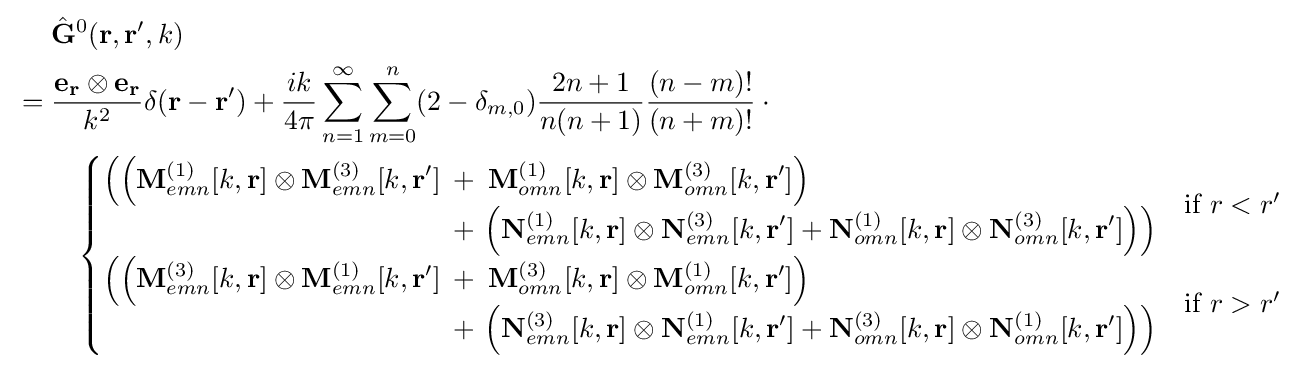
{\begin{aligned}&{\hat {\bf {G}}}^{0}({\mathbf {r} ,\mathbf {r} ',k})\\{}={}&{\frac {\mathbf {e_{r}} \otimes \mathbf {e_{r}} }{k^{2}}}\delta (\mathbf {r} -\mathbf {r} ')+{\frac {ik}{4\pi }}\sum _{n=1}^{\infty }\sum _{m=0}^{n}(2-\delta _{m,0}){\frac {2n+1}{n(n+1)}}{\frac {(n-m)!}{(n+m)!}}\cdot {}\\&\quad {\begin{cases}{\begin{aligned}\left(\left(\mathbf {M} _{emn}^{(1)}[k,\mathbf {r} ]\otimes {\mathbf {M} }_{emn}^{(3)}[k,\mathbf {r} ']\right.\right.&+\left.\left.\mathbf {M} _{omn}^{(1)}[k,\mathbf {r} ]\otimes {\mathbf {M} }_{omn}^{(3)}[k,\mathbf {r} ']\right)\right.\\&+\left.\left({\mathbf {N} }_{emn}^{(1)}[k,\mathbf {r} ]\otimes {\mathbf {N} }_{emn}^{(3)}[k,\mathbf {r} ']+\mathbf {N} _{omn}^{(1)}[k,\mathbf {r} ]\otimes {\mathbf {N} }_{omn}^{(3)}[k,\mathbf {r} ']\right)\right)\end{aligned}}&{\text{if }}r<r'\\{\begin{aligned}\left(\left(\mathbf {M} _{emn}^{(3)}[k,\mathbf {r} ]\otimes {\mathbf {M} }_{emn}^{(1)}[k,\mathbf {r} ']\right.\right.&+\left.\left.\mathbf {M} _{omn}^{(3)}[k,\mathbf {r} ]\otimes {\mathbf {M} }_{omn}^{(1)}[k,\mathbf {r} ']\right)\right.\\&+\left.\left({\mathbf {N} }_{emn}^{(3)}[k,\mathbf {r} ]\otimes {\mathbf {N} }_{emn}^{(1)}[k,\mathbf {r} ']+\mathbf {N} _{omn}^{(3)}[k,\mathbf {r} ]\otimes {\mathbf {N} }_{omn}^{(1)}[k,\mathbf {r} ']\right)\right)\end{aligned}}&{\text{if }}r>r'\end{cases}}\end{aligned}}